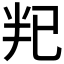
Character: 𫧟